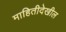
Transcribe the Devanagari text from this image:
माहितीदेखील